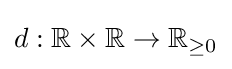
d:\mathbb {R} \times \mathbb {R} \to \mathbb {R} _{\geq 0}